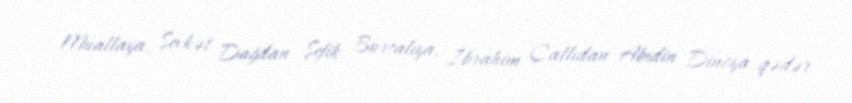
Muallaya, Şevkət Dağdan Şefik Bursalıya, İbrahim Çallıdan Abidin Dinoya qədər